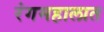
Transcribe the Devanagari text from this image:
रंगमहालात